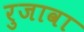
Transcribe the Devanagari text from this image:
रुजावा